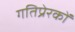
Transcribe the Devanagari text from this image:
गतिप्रेरकों